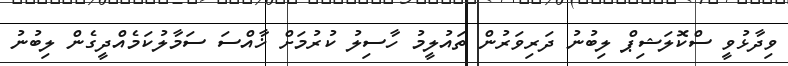
ވިދާޅުވީ ސްކޮލަޝިޕް ލިބުނު ދަރިވަރުން ތައުލީމު ހާސިލު ކުރުމަށް ޚާއްސަ ސަމާލުކަމެއްދީގެން ލިބުނު